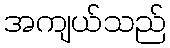
အကျယ်သည်